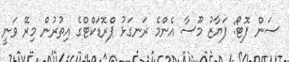
ސަން ފޮޓޯ: ފަޔާޒު މޫސާ އެންމެ ރަނގަޅު ޕްރޮޑަކްޓްގެ އިތުރުން މިރޭ ވަނީ